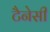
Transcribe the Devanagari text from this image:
टैनेसी